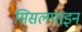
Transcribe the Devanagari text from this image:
सिसलपाइन